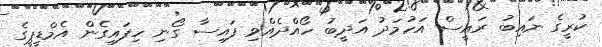
ކުރީގެ ނައިބު ރައީސް އަހުމަދު އަދީބު ހޯއްދެއްވި ފައިސާ ގޯނި ހިފައިގެން އެމްޑީޕީގެ